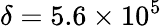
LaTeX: \delta=5.6\times 10^{5}